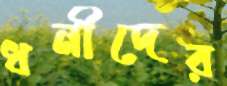
ধনীদের